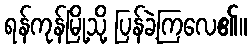
ရန်ကုန်မြို့သို့ ပြန်ခဲ့ကြလေ၏။